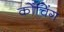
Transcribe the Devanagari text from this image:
कोंचिंग